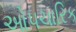
ઓપચારિક